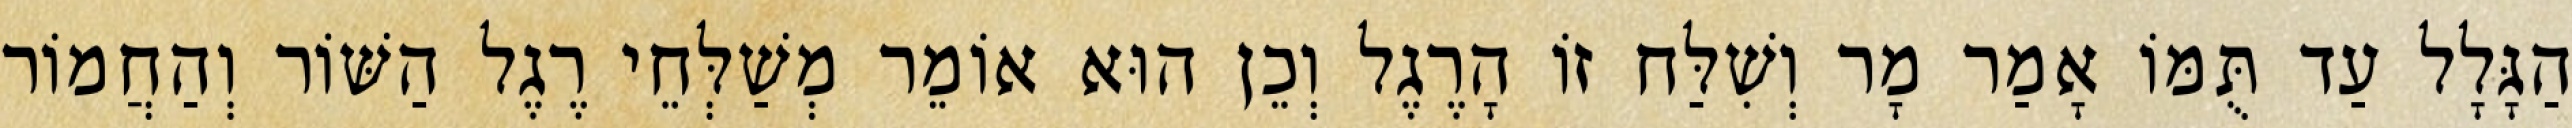
הַגָּלָל עַד תֻּמּוֹ אָמַר מָר וְשִׁלַּח זוֹ הָרֶגֶל וְכֵן הוּא אוֹמֵר מְשַׁלְּחֵי רֶגֶל הַשּׁוֹר וְהַחֲמוֹר